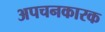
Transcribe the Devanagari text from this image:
अपचनकारक